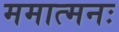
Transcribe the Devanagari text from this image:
ममात्मनः